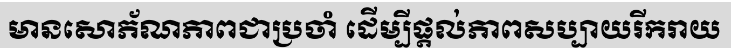
មានសោភ័ណភាពជាប្រចាំ ដើម្បីផ្តល់ភាពសប្បាយរីករាយ